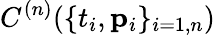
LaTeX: C^{(n)}(\{ t_{i},{\mathbf p}_{i}\} _{i=1,n})